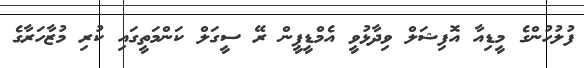
ފުލުހުންގެ މީޑިއާ އޮފިޝަލް ވިދާޅުވީ އެމްޑީޕީން ރޭ ސީގަލް ކަންމަތީގައި ކުރި މުޒާހަރާގެ